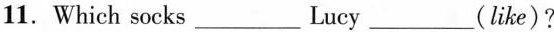
11. Which socks___Lucy___(like)?